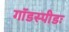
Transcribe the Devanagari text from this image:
गॉडस्पीडः